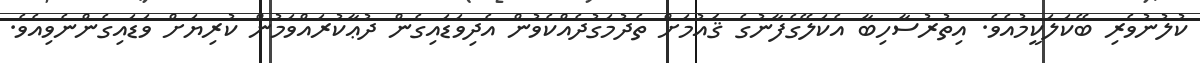
ކުލުނުވެރި ބޭކަލަކީމުއެވެ. އިތުރުސާހިބާ އެކަލޭގެފާނުގެ ޤައުމަށް ތެދުމަގުދެއްކެވުން އެދިވަޑައިގެން ދުޢާކުރައްވަމުން ކުރިޔަށް ވަޑައިގެންނެވިއެވެ.